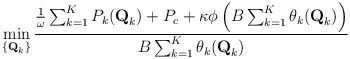
\begin{align*} \min_{\{\textbf{Q}_k\}}\frac{\frac{1}{\omega}\sum_{k=1}^K P_k(\textbf{Q}_k)+P_c+\kappa\phi\left(B\sum_{k=1}^K\theta_k(\textbf{Q}_k)\right)}{B\sum_{k=1}^K\theta_k(\textbf{Q}_k)}\end{align*}